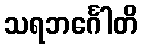
သရဘင်္ဂေါတိ